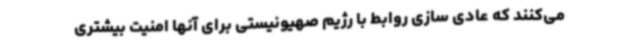
می‌کنند که عادی سازی روابط با رژیم صهیونیستی برای آنها امنیت بیشتری